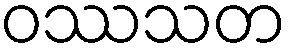
ဝဿသတ